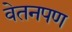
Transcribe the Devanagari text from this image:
वेतनपण